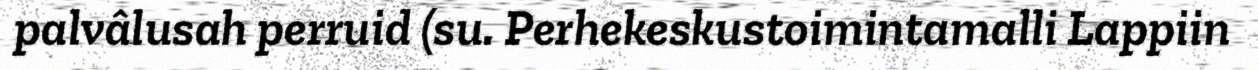
palvâlusah perruid (su. Perhekeskustoimintamalli Lappiin